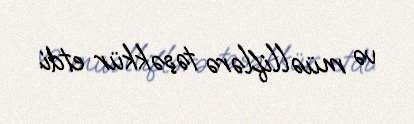
və müəlliflərə təşəkkür etdi.